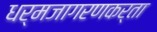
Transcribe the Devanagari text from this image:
धर्मजागरणकर्ता